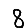
Digit: 8